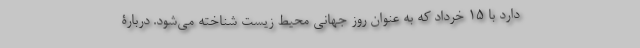
دارد با 15 خرداد که به عنوان روز جهانی محیط زیست شناخته می‌شود. دربارۀ